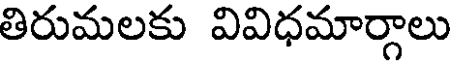
తిరుమలకు వివిధమార్గాలు